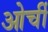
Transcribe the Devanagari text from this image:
ओर्ची